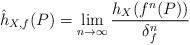
LaTeX: \begin{align*}\hat{h}_{X,f}(P)=\lim_{n\to \infty}\frac{h_{X}(f^{n}(P))}{\delta_{f}^{n}}\end{align*}